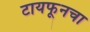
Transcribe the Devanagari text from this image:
टायफूनचा